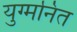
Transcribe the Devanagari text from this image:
युग्‍मनित